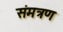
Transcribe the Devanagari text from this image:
संमत्रण